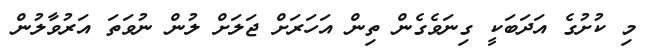
މި ކުށުގެ އަދަބަކީ ގިނަވެގެން ތިން އަހަރަށް ޖަލަށް ލުން ނުވަތަ އަރުވާލުން